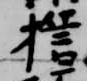
誓